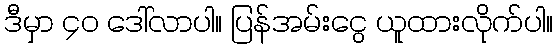
ဒီမှာ ၄၀ ဒေါ်လာပါ။ ပြန်အမ်းငွေ ယူထားလိုက်ပါ။